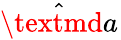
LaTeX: \hat{\textmd a}_{}